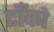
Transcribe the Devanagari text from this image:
टाँको